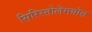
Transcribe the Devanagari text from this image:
सिरिस्तोलेमयोस